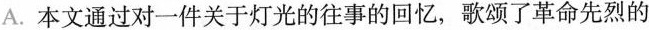
A. 本文通过对一件关于灯光的往事的回忆，歌颂了革命先烈的